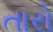
તારો